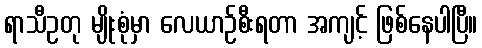
ရာသီဥတု မျိုးစုံမှာ လေယာဉ်စီးရတာ အကျင့် ဖြစ်နေပါပြီ။